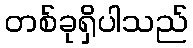
တစ်ခုရှိပါသည်